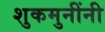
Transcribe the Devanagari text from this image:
शुकमुनींनी